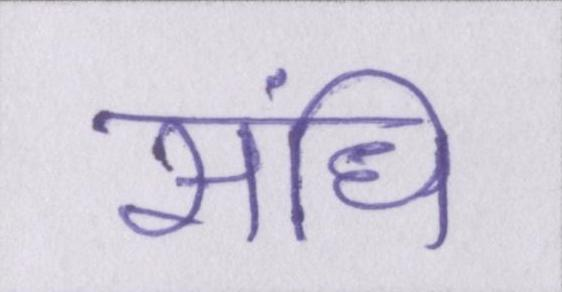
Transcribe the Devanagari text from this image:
संधि